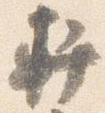
軒